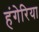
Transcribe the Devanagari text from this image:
हंगेरिया